Annual administration report of the Civil Veterinary Department of India - 1899-1900
Year: 1899
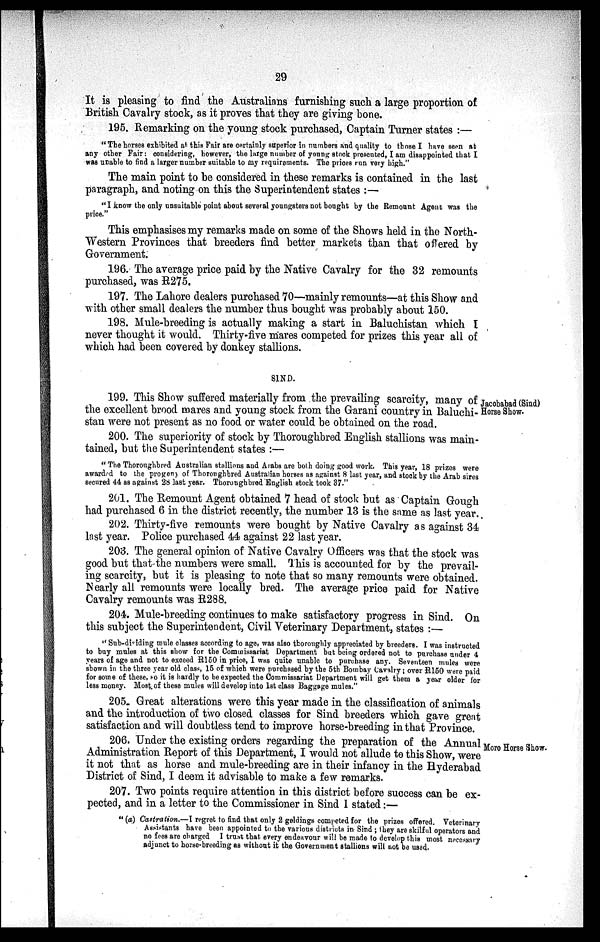
29
It is pleasing to find the Australians furnishing such a large proportion of
British Cavalry stock, as it proves that they are giving bone.
195. Remarking on the young stock purchased, Captain Turner states:—
"The horses exhibited at this Fair are certainly superior in numbers and quality to those I have seen at
any other Fair: considering, however, the large number of young stock presented, I am disappointed that I
was unable to find a larger number suitable to my requirements. The prices run very high."
The main point to be considered in these remarks is contained in the last
paragraph, and noting on this the Superintendent states:—
"I know the only unsuitable point about several youngsters not bought by the Remount Agent was the
price."
This emphasises my remarks made on some of the Shows held in the North-
Western Provinces that breeders find better markets than that offered by
Government.
196. The average price paid by the Native Cavalry for the 32 remounts
purchased, was R275.
197. The Lahore dealers purchased 70—mainly remounts—at this Show and
with other small dealers the number thus bought was probably about 150.
198. Mule-breeding is actually making a start in Baluchistan which I
never thought it would. Thirty-five mares competed for prizes this year all of
which had been covered by donkey stallions.
SIND.
Jacobabad (Sind)
Horse Show.
199. This Show suffered materially from the prevailing scarcity, many of
the excellent brood mares and young stock from the Garani country in Baluchi-
stan were not present as no food or water could be obtained on the road.
200. The superiority of stock by Thoroughbred English stallions was main-
tained, but the Superintendent states:—
"The Thoroughbred Australian stallions and Arabs are both doing good work. This year, 18 prizes were
awarded to the progeny of Thoroughbred Australian horses as against 8 last year, and stock by the Arab sires
secured 44 as against 28 last year. Thoroughbred English stock took 37."
201. The Remount Agent obtained 7 head of stock but as Captain Gough
had purchased 6 in the district recently, the number 13 is the same as last year.
202. Thirty-five remounts were bought by Native Cavalry as against 34
last year. Police purchased 44 against 22 last year.
203. The general opinion of Native Cavalry Officers was that the stock was
good but that the numbers were small. This is accounted for by the prevail-
ing scarcity, but it is pleasing to note that so many remounts were obtained.
Nearly all remounts were locally bred. The average price paid for Native
Cavalry remounts was R288.
204. Mule-breeding continues to make satisfactory progress in Sind. On
this subject the Superintendent, Civil Veterinary Department, states:—
"Sub-dividing mule classes according to age, was also thoroughly appreciated by breeders. I was instructed
to buy mules at this show for the Commissariat Department but being ordered not to purchase under 4
years of age and not to exceed R150 in price, I was quite unable to purchase any. Seventeen mules were
shown in the three year old class, 15 of which were purchased by the 5th Bombay Cavalry; over R150 were paid
for some of these, so it is hardly to be expected the Commissariat Department will get them a year older for
less money. Most of these mules will develop into 1st class Baggage mules."
205. Great alterations were this year made in the classification of animals
and the introduction of two closed classes for Sind breeders which gave great
satisfaction and will doubtless tend to improve horse-breeding in that Province.
Moro Horse Show.
206. Under the existing orders regarding the preparation of the Annual
Administration Report of this Department, I would not allude to this Show, were
it not that as horse and mule-breeding are in their infancy in the Hyderabad
District of Sind, I deem it advisable to make a few remarks.
207. Two points require attention in this district before success can be ex-
pected, and in a letter to the Commissioner in Sind I stated:—
"(a) Castration.—I regret to find that only 2 geldings competed for the prizes offered. Veterinary
Assistants have been appointed to the various districts in Sind; they are skilful operators and
no fees are charged I trust that every endeavour will be made to develop this most necessary
adjunct to horse-breeding as without it the Government stallions will not be used.